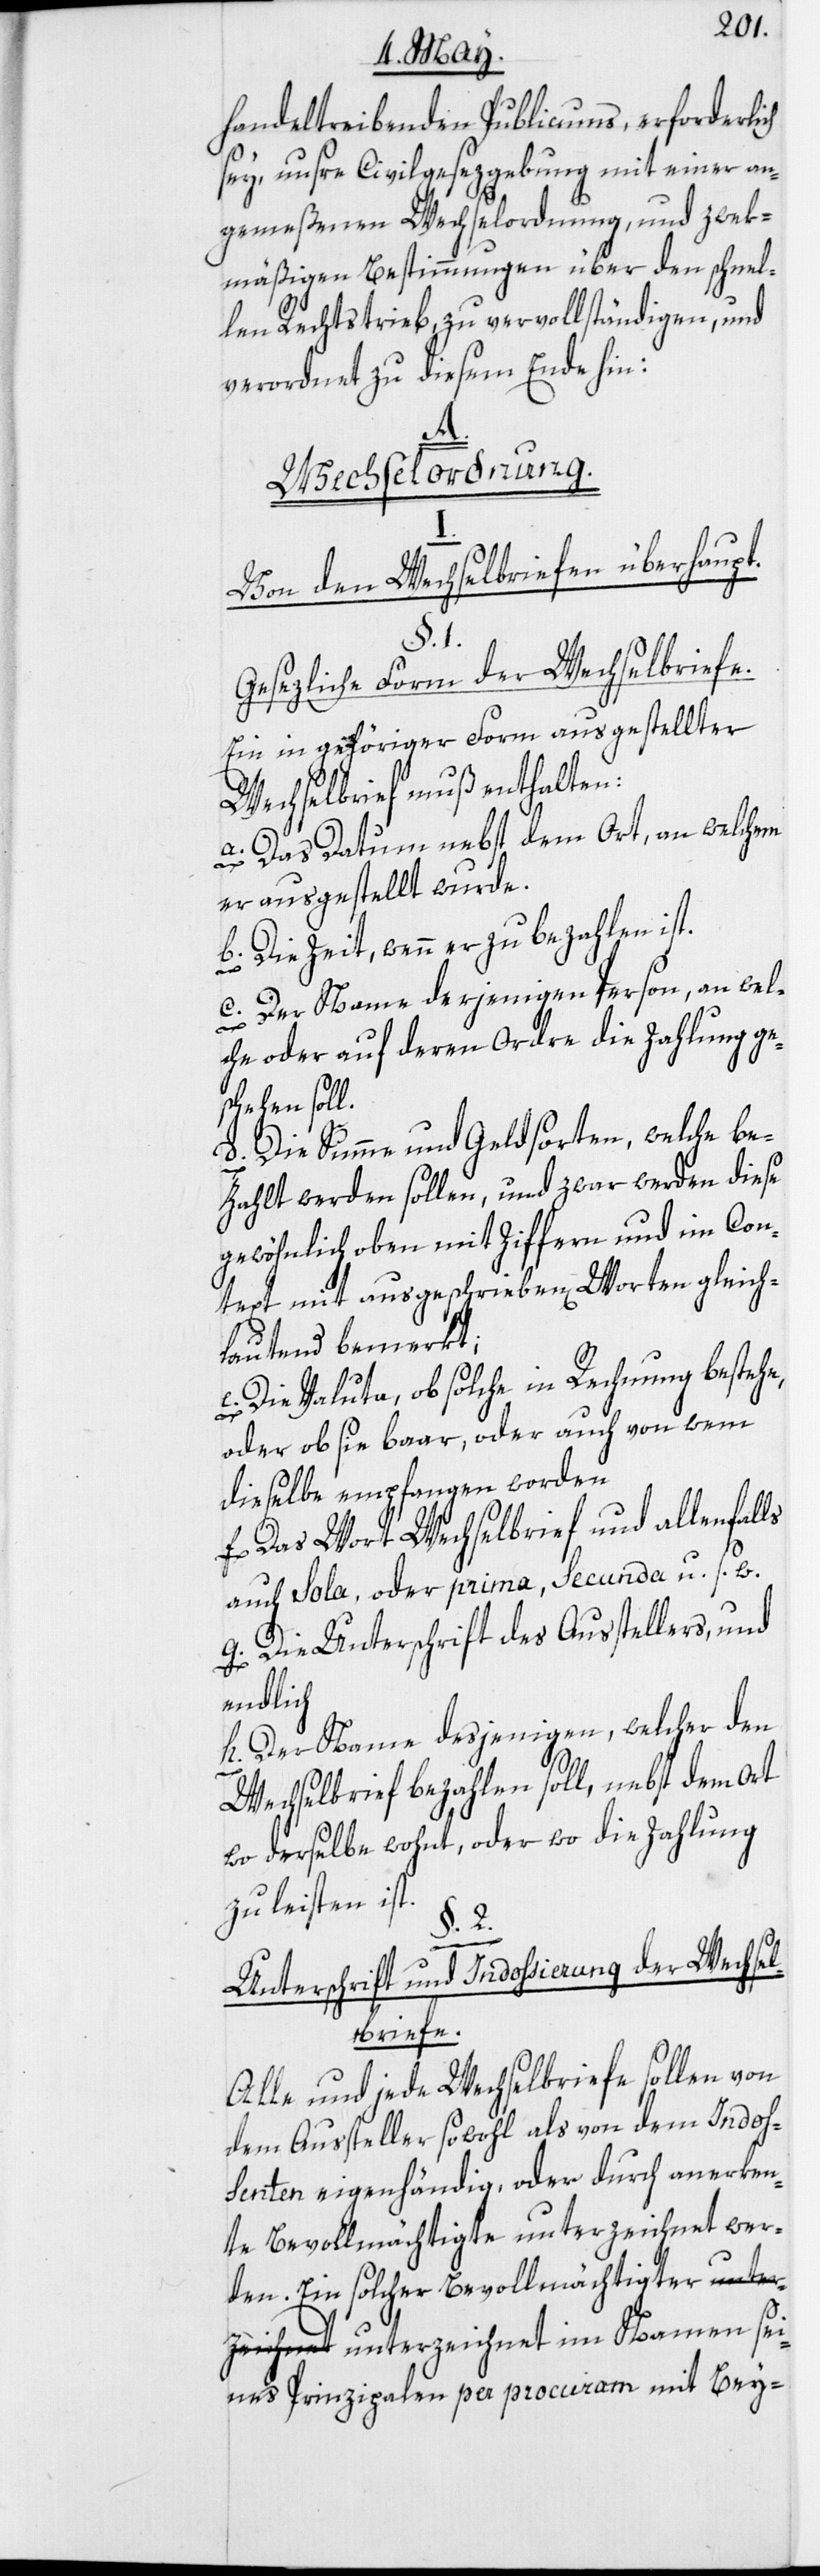
handeltreibenden Publicums, erforderlich
sey, unsre Civilgesezgebung mit einer an¬
gemeßenen Wechselordnung, und zwek¬
mäßigen Bestimmungen über den schnel¬
len Rechtstrieb zu vervollständigen, und
verordnet zu diesem Ende hin:
sei¬
Wechselordnung.
I.
§. 1.
Gesezliche Form der Wechselbriefe.
Ein in gehöriger Form ausgestellter
Wechselbrief muß enthalten:
a. Das Datum nebst dem Ort, an welchem
er ausgestellt wurde.
b. Die Zeit, wenn er zu bezahlen ist.
c. Der Name derjenigen Person, an wel¬
che oder auf deren Ordre die Zahlung ge¬
schehen soll.
d. Die Summe und Geldsorten, welche be¬
zahlt werden sollen, und zwar werden diese
gewöhnlich oben mit Ziffern und im Con¬
text mit ausgeschrieben[en] Worten gleich¬
lautend bemerkt;
e. Die Valuta, ob solche in Rechnung bestehe,
oder ob sie baar, oder auch von wem
dieselbe empfangen worden
f. Das Wort Wechselbrief und allenfalls
auch Sola, oder prima, Secunda u. s. w.
g. Die Unterschrift des Ausstellers, und
endlich
h. Der Name desjenigen, welcher den
Wechselbrief bezahlen soll, nebst dem Ort
wo derselbe wohnt, oder wo die Zahlung
zu leisten ist.
2.
Unterschrift und Indossierung der Wechsel¬
zeichnet
Alle und jede Wechselbriefe sollen von
dem Aussteller sowohl als von dem Indoss¬
enten eigenhändig, oder durch anerken¬
te Bevollmächtigte unterzeichnet wer¬
den. Ein solcher Bevollmächtigter unter¬
nes Prinzipalen per procuram mit Bey-